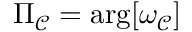
\Pi _ { \mathcal { C } } = \arg [ \omega _ { \mathcal { C } } ]